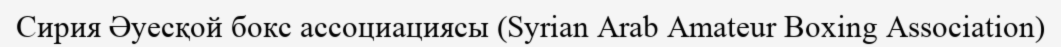
Сирия Әуесқой бокс ассоциациясы (Syrian Arab Amateur Boxing Association)